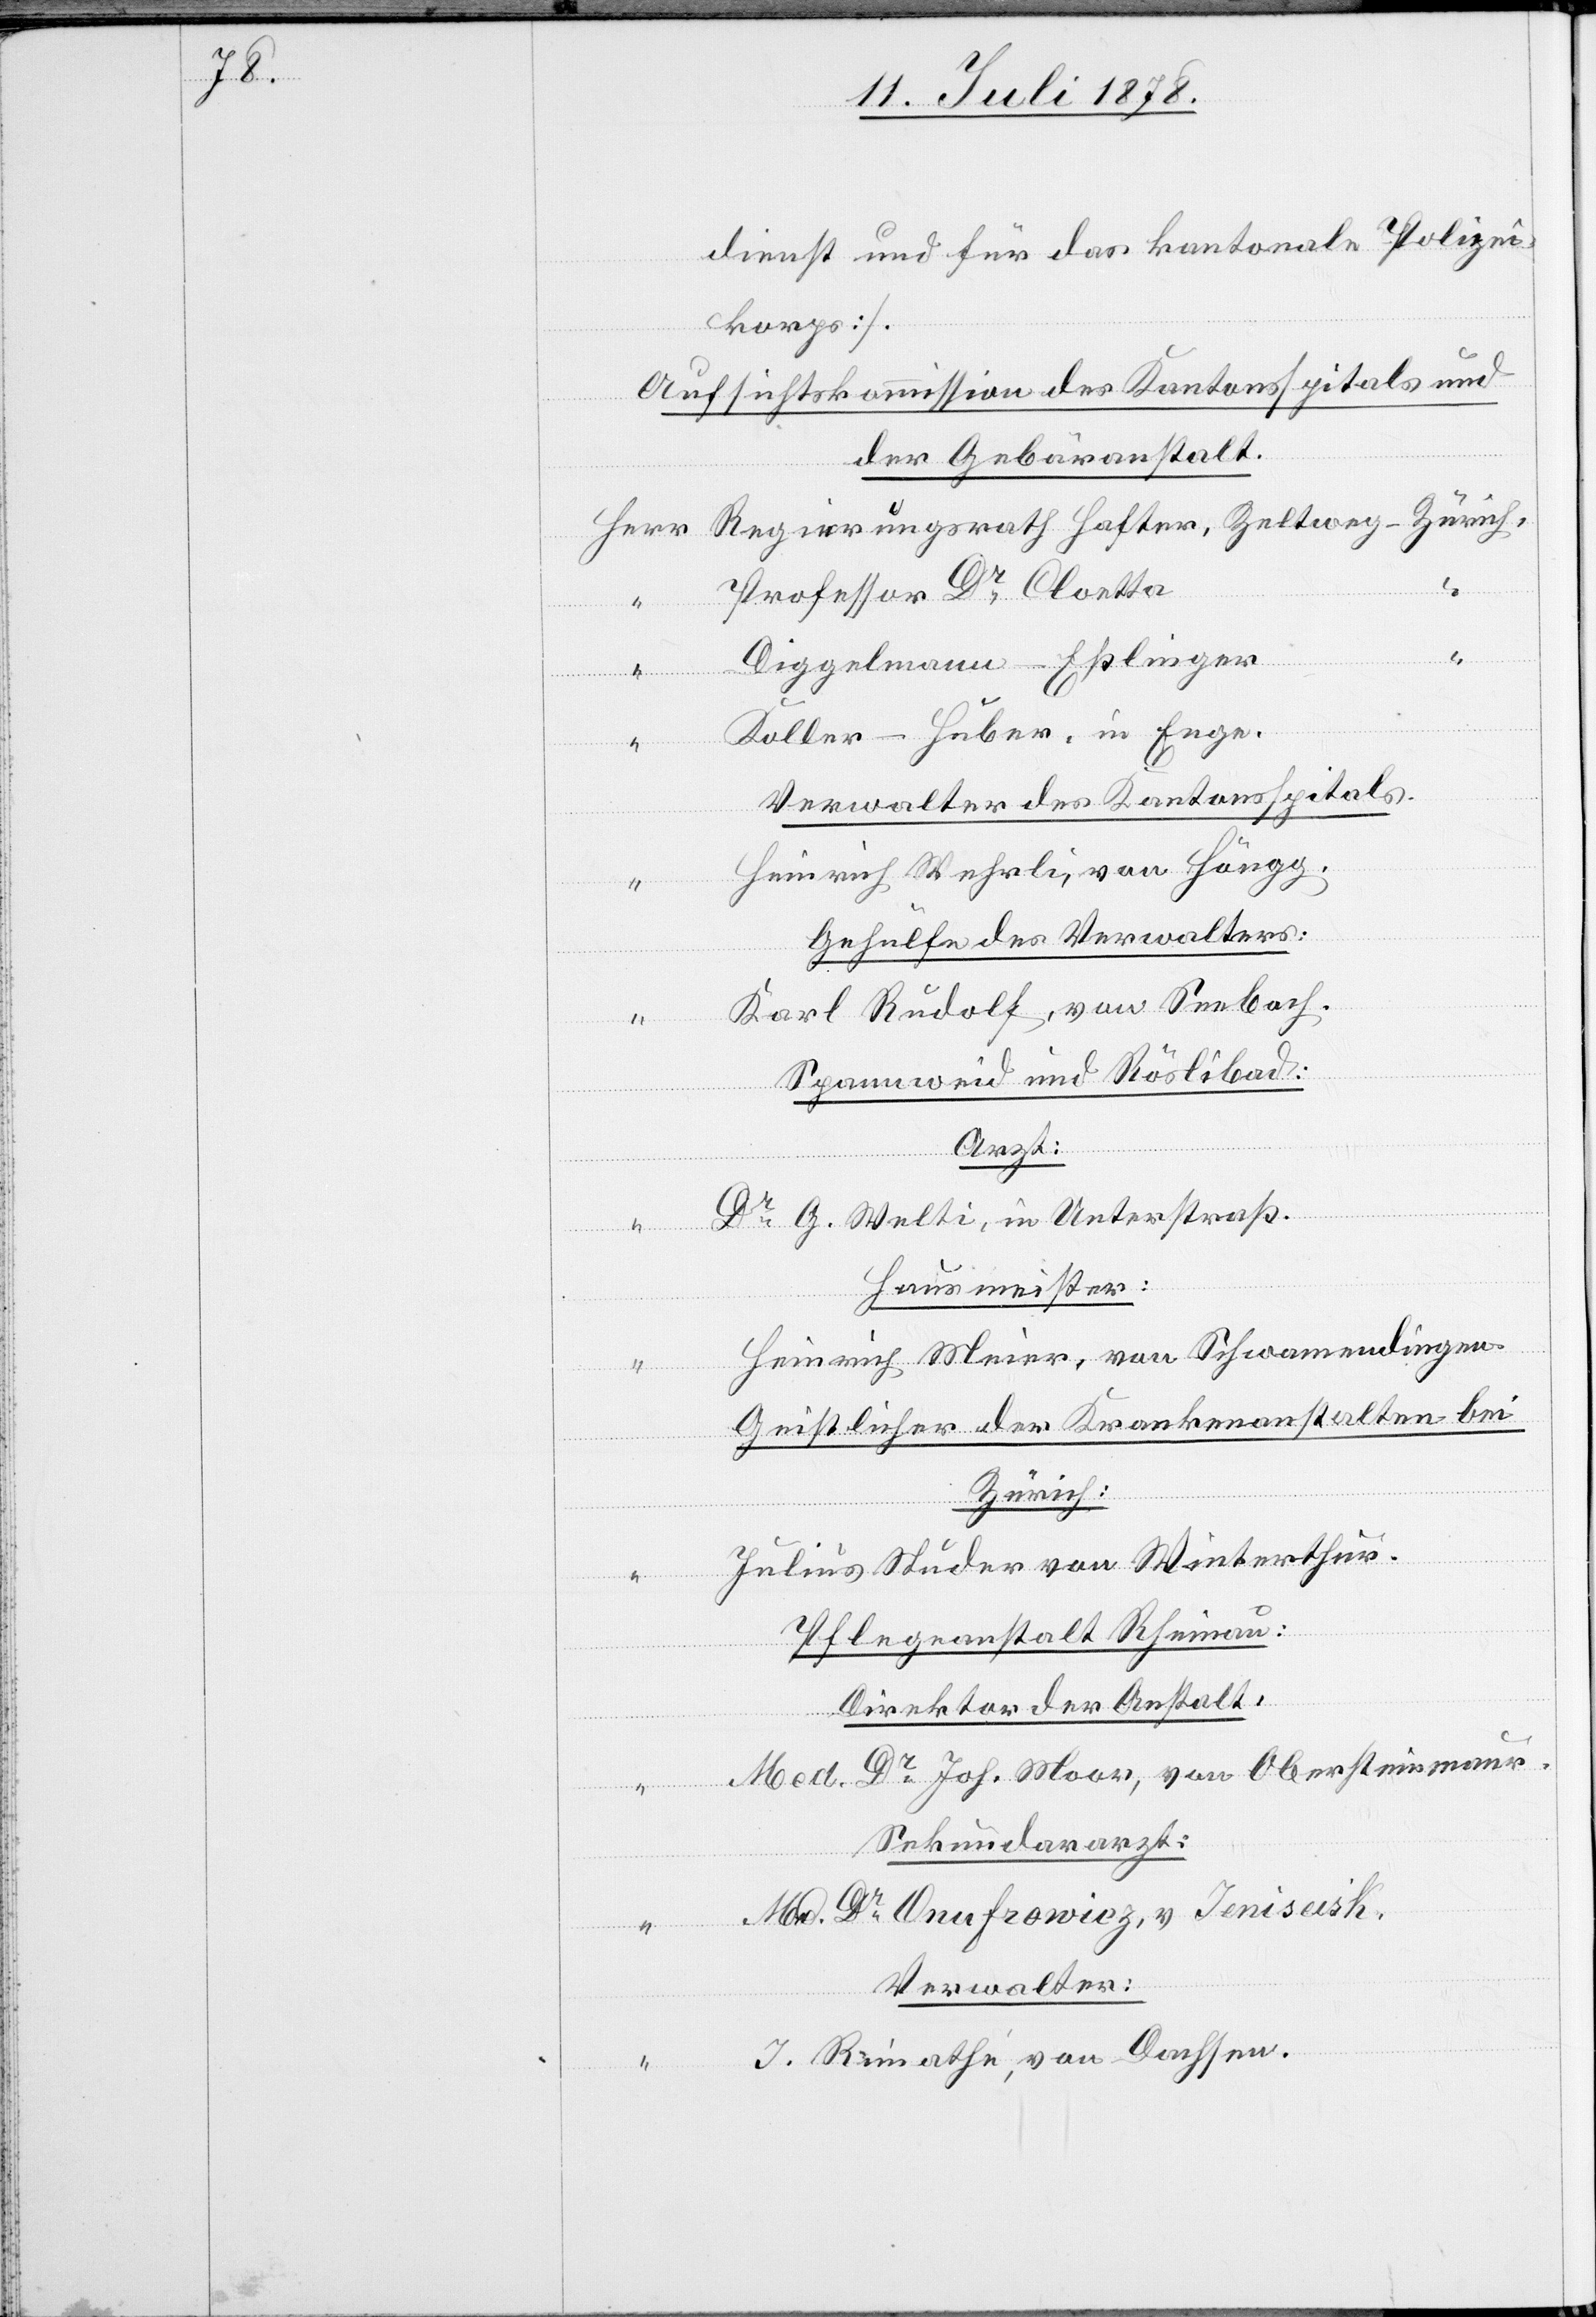
dienst und für das kantonale Polizei¬
korps].
Aufsichtskommission des Kantonsspitals und
der Gebäranstalt.
Herr Regierungsrath Hafter, Zeltweg - Zürich,
“
Professor Dr Cloetta
Diggelmann-Eßlinger
Koller-Huber, in Enge.
Verwalter des Kantonsspitals.
Heinrich Wehrli, von Höngg.
Gehülfe des Verwalters:
Karl Rudolf, von Seebach.
Spannweid und Röslibad:
Arzt:
Dr G. Welti, in Unterstraß.
Hausmeister:
Heinrich Meier, von Schwamendingen.
Geistlicher der Krankenanstalten bei
Zürich:
Julius Studer von Winterthur.
Pflegeanstalt Rheinau:
Direktor der Anstalt:
“ Med. Dr Joh. Moor, von Obersteinmaur.
Sekundararzt:
Med. Dr Onufrowicz, v. Jeniseisk.
Verwalter:
J. Rienathe, von Dachsen.